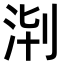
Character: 𣴈